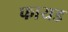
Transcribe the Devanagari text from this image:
फायड